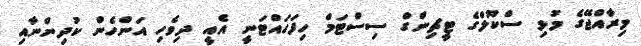
މިރާއްޖޭގެ މުޅި ސްކޫލްގެ ޓީޗިންގް ސިސްޓަމް ހިފަހައްޓަނީ އެއީ ދިވެހި އަންހެން ކުދިންނާއި